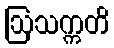
ဩသက္ကတိ